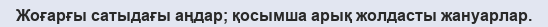
Жоғарғы сатыдағы аңдар; қосымша арық жолдасты жануарлар.